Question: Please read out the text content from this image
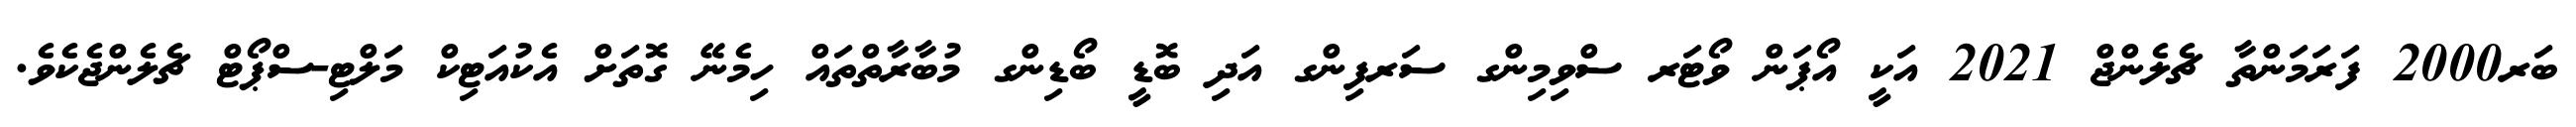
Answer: ބަރ2000 ފަރަމަންތާ ޗެލެންޖް 2021 އަކީ އޯޕަން ވޯޓަރ ސްވިމިންގ ސަރފިންގ އަދި ބޮޑީ ބޯޑިންގ މުބާރާތްތައް ހިމެނޭ ގޮތަށް އެކުއަޓިކް މަލްޓި-ސްޕޯޓް ޗެލެންޖެކެވެ.